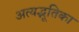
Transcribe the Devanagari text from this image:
अत्यद्भूतिका